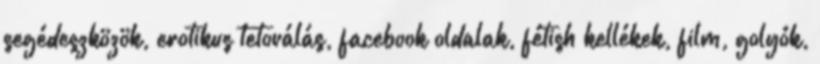
segédeszközök, erotikus tetoválás, facebook oldalak, fétish kellékek, film, golyók,